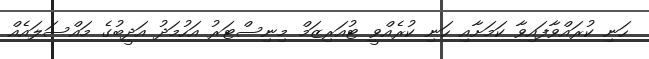
ހަނި ކުރައްވާފައިވާ ކަމަށާއި ހަނި ކުރެއްވީ ޓުއަރިޒަމް މިނިސްޓަރު އަހުމަދު އަދީބުގެ މައްސަލައެއް